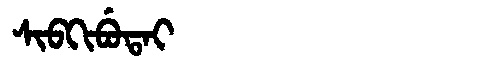
Manchu: ᠰᡳᠪᡴᡳᠪᡠᡨᠠᡳ
Romanization: SIBKIBUTAI